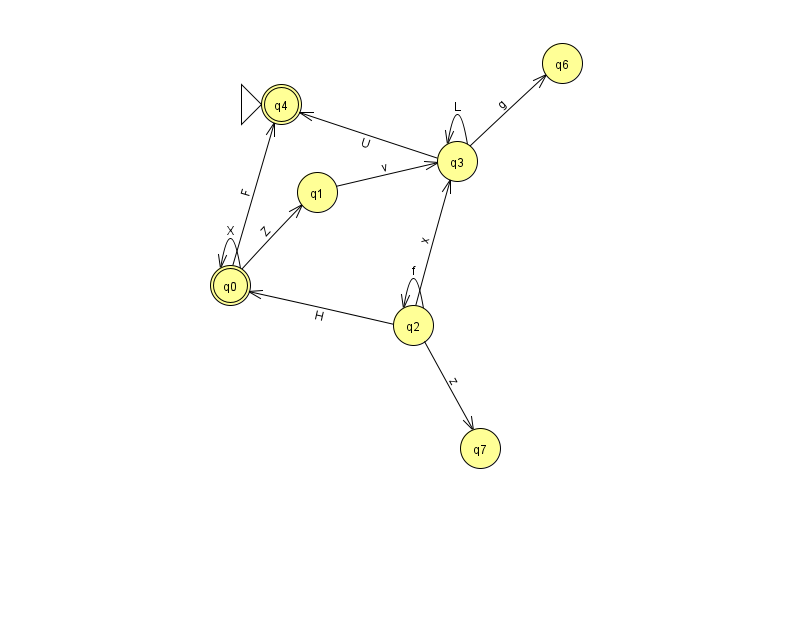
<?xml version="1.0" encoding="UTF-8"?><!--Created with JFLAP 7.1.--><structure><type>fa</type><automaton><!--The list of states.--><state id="0" name="q0"><x>230.0</x><y>272.0</y><final/></state><state id="1" name="q1"><x>317.0</x><y>179.0</y></state><state id="2" name="q2"><x>413.0</x><y>312.0</y></state><state id="3" name="q3"><x>457.0</x><y>148.0</y></state><state id="4" name="q4"><x>281.0</x><y>91.0</y><initial/><final/></state><state id="6" name="q6"><x>562.0</x><y>50.0</y></state><state id="7" name="q7"><x>480.0</x><y>435.0</y></state><!--The list of transitions.--><transition><from>0</from><to>1</to><read>Z</read></transition><transition><from>0</from><to>4</to><read>F</read></transition><transition><from>2</from><to>0</to><read>H</read></transition><transition><from>1</from><to>3</to><read>v</read></transition><transition><from>2</from><to>2</to><read>f</read></transition><transition><from>0</from><to>0</to><read>X</read></transition><transition><from>2</from><to>7</to><read>z</read></transition><transition><from>3</from><to>4</to><read>U</read></transition><transition><from>3</from><to>3</to><read>L</read></transition><transition><from>3</from><to>6</to><read>g</read></transition><transition><from>2</from><to>3</to><read>x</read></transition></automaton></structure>